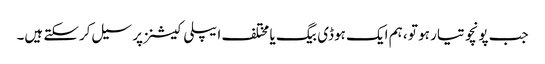
جب پونچو تیار ہو تو ، ہم ایک ہوڈی بیگ یا مختلف ایپلی کیشنز پر سیل کرسکتے ہیں۔